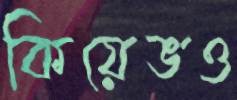
কিয়েভও